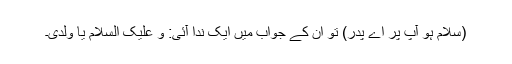
(سلام ہو آپ پر اے پدر) تو ان کے جواب میں ایک ندا آئی: و علیک السلام یا ولدی۔